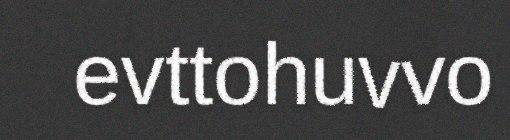
evttohuvvo